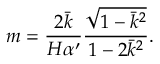
m = \frac { 2 \bar { k } } { H \alpha ^ { \prime } } \frac { \sqrt { 1 - \bar { k } ^ { 2 } } } { 1 - 2 \bar { k } ^ { 2 } } .